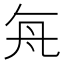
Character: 𬼊